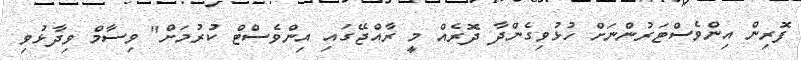
ފޮރިން އިންވެސްޓަރުންނަށް ހުޅުވިގެންދާ ދޮރެއް މީ ރާއްޖޭގައި އިންވެސްޓް ކުރުމަށް" ވިސާމް ވިދާޅުވި